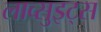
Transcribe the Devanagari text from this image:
लाव्सुइट्स